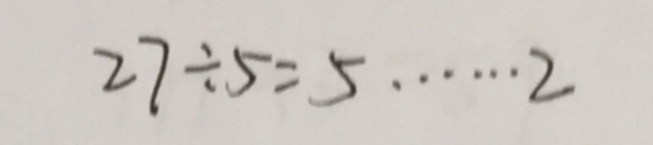
2 7 \div 5 = 5 \cdots 2